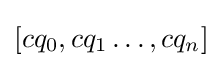
[cq_{0},cq_{1}\ldots ,cq_{n}]